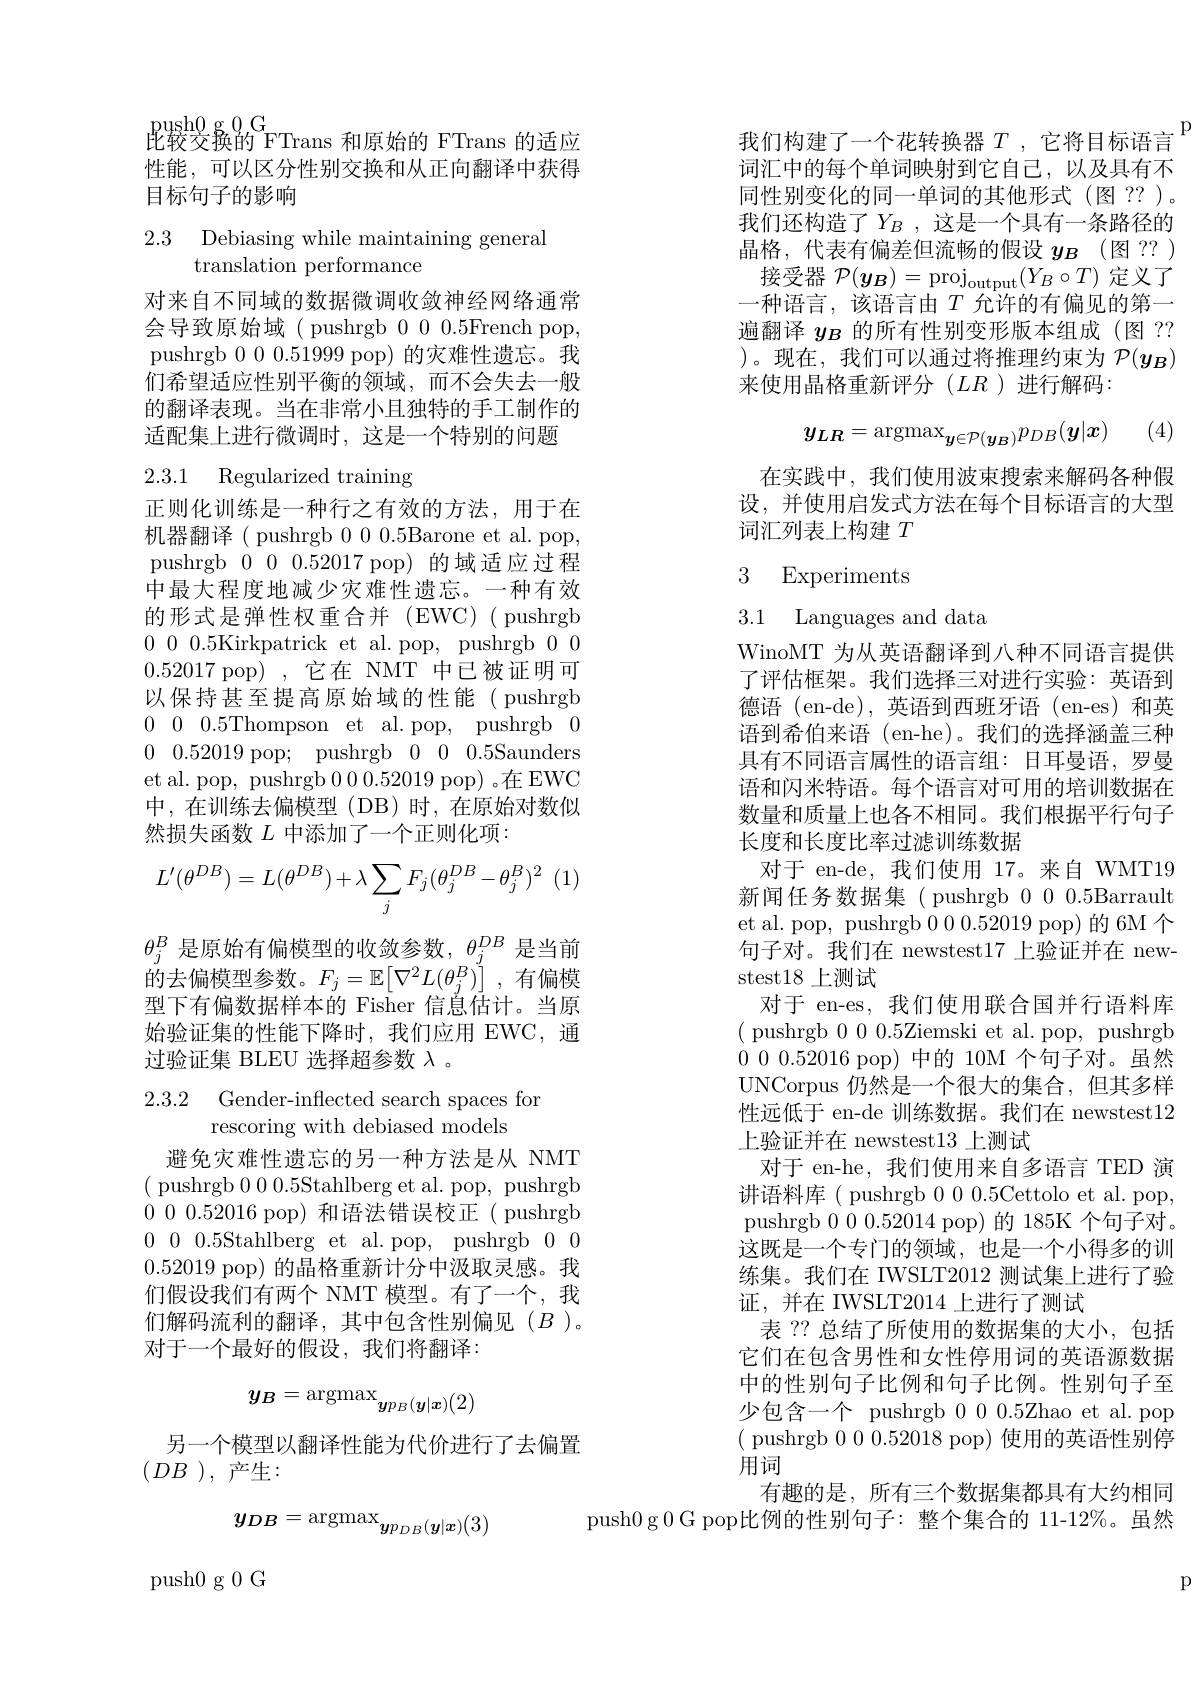
$\underset{\text{此能}}{\operatorname*{\operatorname*{\operatorname*{\operatorname*{push0}}}}}^{\mathrm{push0~g~0G}}$FTrans 和原始的 FTrans 的适应性能，可以区分性别交换和从正向翻译中获得目标句子的影响

2.3 Debiasing while maintaining general
## ${\mathrm{translation~performance}}$

对来自不同域的数据微调收敛神经网络通常会导致原始域( pushrgb 000.5French pop, pushrgb 000.51999 pop) 的灾难性遗忘。我们希望适应性别平衡的领域，而不会失去一般的翻译表现。当在非常小且独特的手工制作的适配集上进行微调时，这是一个特别的问题

## 2.3.1 Regularized training

正则化训练是一种行之有效的方法，用于在机器翻译( pushrgb 000.5Barone et al. pop, pushrgb 0000.52017 pop)的域适应过程中最大程度地减少灾难性遗忘。一种有效的形式是弹性权重合并(EWC)(pushrgb 0000.5Kirkpatrick et al. pop, pushrgb 0000.52017 pop) ,它在 NMT 中已被证明可以保持甚至提高原始域的性能( pushrgb 0 0.5Thompson et al. pop, pushrgb 00 0.52019 pop; pushrgb 0 0.5Saunders et al. pop, pushrgb 000.52019 pop) 。在 EWC 中，在训练去偏模型(DB)时，在原始对数似然损失函数$L$中添加了一个正则化项：
$$\begin{aligned}L'(\theta^{DB})=L(\theta^{DB})+\lambda\sum_jF_j(\theta_j^{DB}-\theta_j^B)^2\end{aligned}$$
$\theta_j^B$是原始有偏模型的收敛参数，$\theta_j^DB$是当前的去偏模型参数。$F_j=\mathbb{E}\left[\nabla^2L(\theta_j^B)\right]$,有偏模型下有偏数据样本的 Fisher 信息估计。当原始验证集的性能下降时，我们应用 EWC,通过验证集 BLEU 选择超参数$\lambda$ 。

2.3.2 Gender-inflected search spaces for
rescoring with debiased models

避免灾难性遗忘的另一种方法是从 NMT ( pushrgb 000.5Stahlberg et al. pop, pushrgb 0000.52016 pop)和语法错误校正( pushrgb 0 0 0.5Stahlberg et al.pop, pushrgb 0 00.52019 pop) 的晶格重新计分中汲取灵感。我们假设我们有两个 NMT 模型。有了一个，我们解码流利的翻译，其中包含性别偏见($B$)。对于一个最好的假设，我们将翻译：
$$y_{B}=\mathrm{argmax}_{{\boldsymbol{y}p_{B}(\boldsymbol{y}|\boldsymbol{x})(2)}}$$
另一个模型以翻译性能为代价进行了去偏置
$(DB)$,产生：
$$y_{DB}=\mathrm{argmax}_{\boldsymbol{y}p_{DB}(\boldsymbol{y}|\boldsymbol{x})(3)}$$
push0 g 0 G

我们构建了一个花转换器$T$ ,它将目标语言词汇中的每个单词映射到它自己，以及具有不同性别变化的同一单词的其他形式(图 ??)。我们还构造了$Y_B$ ,这是一个具有一条路径的晶格，代表有偏差但流畅的假设$y_B$ (图 ?? ) 接受器$\mathcal{P} ( \boldsymbol{y}_{\boldsymbol{B}}) = \mathrm{proj}_{\mathrm{output}}( Y_{B}\circ T)$定义了一种语言，该语言由$T$ 允许的有偏见的第一遍翻译$y_B$的所有性别变形版本组成(图 ?? )。现在，我们可以通过将推理约束为$\mathcal{P}(\boldsymbol{y}_{\boldsymbol{B}})$ 来使用晶格重新评分($LR$)进行解码：
$$y_{LR}=\mathrm{argmax}_{\boldsymbol{y}\in\mathcal{P}(\boldsymbol{y}_B)}p_{DB}(\boldsymbol{y}|\boldsymbol{x})$$
(4)

在实践中，我们使用波束搜索来解码各种假设，并使用启发式方法在每个目标语言的大型词汇列表上构建$T$

## 3 Experiments

3.1 Languages and data

WinoMT 为从英语翻译到八种不同语言提供了评估框架。我们选择三对进行实验：英语到德语 (en-de),英语到西班牙语 (en-es)和英语到希伯来语 (en-he)。我们的选择涵盖三种具有不同语言属性的语言组：日耳曼语，罗曼语和闪米特语。每个语言对可用的培训数据在数量和质量上也各不相同。我们根据平行句子长度和长度比率过滤训练数据
对于 en-de,我们使用 17。来自 WMT19新闻任务数据集( pushrgb 000.5Barrault et al. pop, pushrgb 000.52019 pop)的6M 个句子对。我们在 newstest17 上验证并在 newstest18上测试
对于 en-es, 我们使用联合国并行语料库( pushrgb 000.5Ziemski et al. pop, pushrgb 0000.52016 pop)中的 10M 个句子对。虽然UNCorpus 仍然是一个很大的集合，但其多样性远低于 en-de 训练数据。我们在 newstest12上验证并在 newstest13 上测试
对于 en-he, 我们使用来自多语言 TED 演讲语料库( pushrgb 000.5Cettolo et al. pop, pushrgb 000.52014 pop)的 185K 个句子对。这既是一个专门的领域，也是一个小得多的训练集。我们在 IWSLT2012 测试集上进行了验证，并在 IWSLT2014 上进行了测试
表 ?? 总结了所使用的数据集的大小，包括它们在包含男性和女性停用词的英语源数据中的性别句子比例和句子比例。性别句子至少包含一个 pushrgb 000.5Zhao et al.pop ( pushrgb 000.52018 pop) 使用的英语性别停用词
有趣的是，所有三个数据集都具有大约相同
push0 g 0 G pop比例的性别句子：整个集合的 11-12%。虽然

F